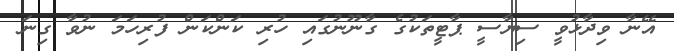
އޭނާ ވިދާޅުވީ ސިޔާސީ ޕާޓީތަކުގެ ގާނޫނުގައި ހުރި ކަންކަން ފުރިހަމަ ނުވާ ގިނަ